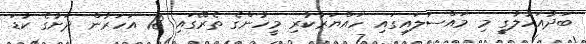
ބަދުއަހުލާގީ މި މައްސަލައިގައި ހައްޔަރުކުރި މީހުންގެ ތެރޭގައި 18 އަހަރުން ދަށުގެ ކުޑަ